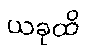
ယခုထိ